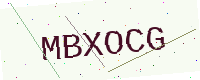
Text: MBXOCG